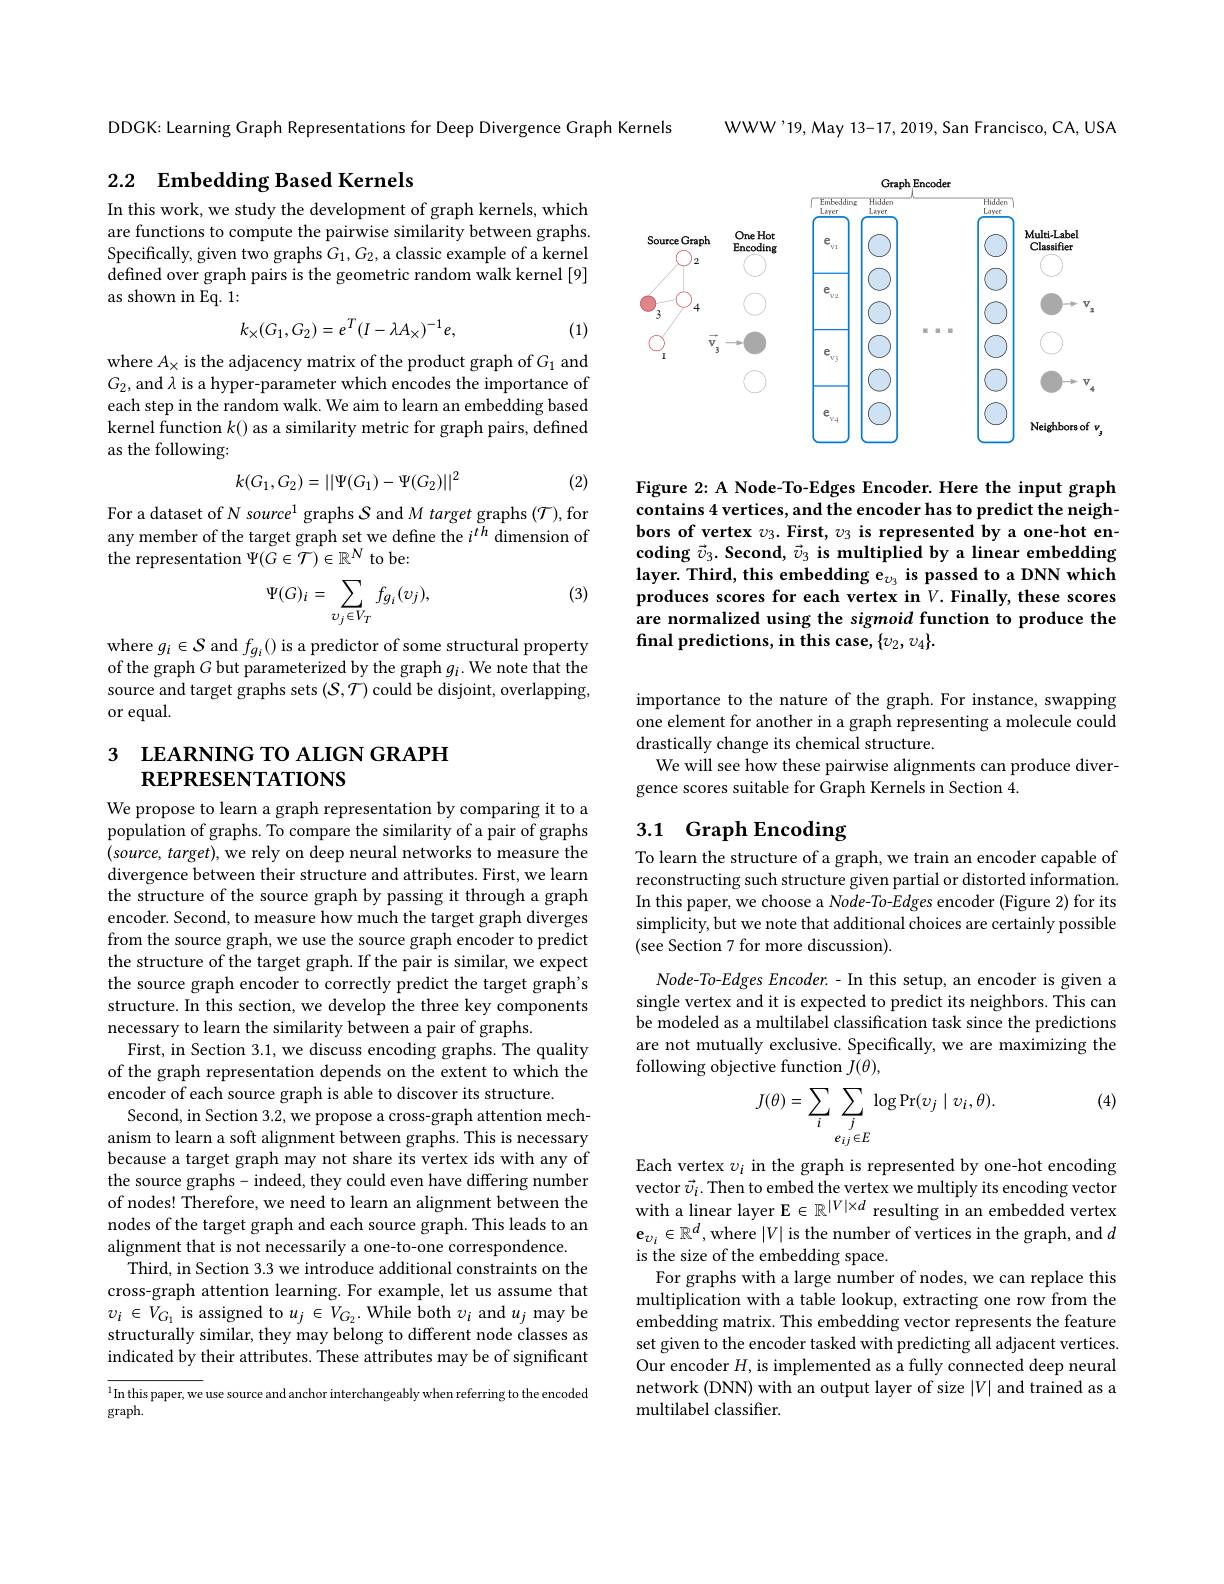
## 2.2 $\textbf{Embedding Based Kernels}$

In this work, we study the development of graph kernels, which are functions to compute the pairwise similarity between graphs. Specifically, given two graphs $G_1,G_2$, a classic example of a kernel defined over graph pairs is the geometric random walk kernel [9] as shown in Eq. 1:
$$k_\times(G_1,G_2)=e^T(I-\lambda A_\times)^{-1}e,$$
(1)

where $A_\times$ is the adjacency matrix of the product graph of $G_1$ and $G_2$, and $\lambda$ is a hyper-parameter which encodes the importance of each step in the random walk. We aim to learn an embedding based kernel function $k$() as a similarity metric for graph pairs, defined as the following:
$$k(G_1,G_2)=||\Psi(G_1)-\Psi(G_2)||^2$$
(2)

For a dataset of N source$^1$ graphs $S$ and M target graphs $(\mathcal{T})$,for any member of the target graph set we define the $i^{th}$ dimension of the representation $\Psi(G\in\mathcal{T})\in\mathbb{R}^N$ to be:

(3)
$$\Psi(G)_i=\sum_{v_j\in V_T}f_{g_i}(v_j),$$
where $g_i\in\mathcal{S}$ and $f_g_i()$ is a predictor of some structural property of the graph $G$ but parameterized by the graph $g_i.$ We note that the source and target graphs sets $(\mathcal{S},\mathcal{T})$ could be disjoint, overlapping, or equal.

# 3 LEARNING TO ALIGN GRAPH REPRESENTATIONS

We propose to learn a graph representation by comparing it to a population of graphs. To compare the similarity of a pair of graphs $(source,target)$, we rely on deep neural networks to measure the divergence between their structure and attributes. First, we learn the structure of the source graph by passing it through a graph encoder. Second, to measure how much the target graph diverges from the source graph, we use the source graph encoder to predict the structure of the target graph. If the pair is similar, we expect the source graph encoder to correctly predict the target graph's structure. In this section, we develop the three key components necessary to learn the similarity between a pair of graphs.
First, in Section 3.1, we discuss encoding graphs. The quality of the graph representation depends on the extent to which the encoder of each source graph is able to discover its structure.
Second, in Section 3.2, we propose a cross-graph attention mechanism to learn a soft alignment between graphs. This is necessary because a target graph may not share its vertex ids with any of the source graphs- indeed, they could even have differing number of nodes! Therefore, we need to learn an alignment between the nodes of the target graph and each source graph. This leads to an alignment that is not necessarily a one-to-one correspondence.
Third, in Section 3.3 we introduce additional constraints on the cross-graph attention learning. For example, let us assume that $v_{i}\in V_{G_{1}}$ is assigned to $u_j\in V_{G_{2}}.$ While both $v_i$ and $u_j$ may be structurally similar, they may belong to different node classes as indicated by their attributes. These attributes may be of significant $^{1}$In this paper, we use source and anchor interchangeably when referring to the encoded

graph.

WWW'19, May 13-17, 2019, San Francisco, CA, USA

DDCK: Learning Graph Representations for Deep Divergence Graph Kernels

<FigureHere>

Figure 2: A Node-To-Edges Encoder. Here the input graph contains 4 vertices, and the encoder has to predict the neighbors of vertex $v_3. \textbf{First, }v_3\textbf{ is represented by a one- hot en- }$ coding $\vec{v} _3. \textbf{Second, }\vec{v} _3\textbf{ is multiplied by a linear embedding}$ layer. Third, this embedding e$v_{v_{3}}$ is passed to a DNN which produces scores for each vertex in V. Finally, these scores are normalized using the sigmoid function to produce the final predictions, in this case, $\{v_2,v_4\}.$

importance to the nature of the graph. For instance, swapping one element for another in a graph representing a molecule could drastically change its chemical structure.
We will see how these pairwise alignments can produce diver-
gence scores suitable for Graph Kernels in Section 4.

## 3.1 Graph Encoding To learn the structure of a graph, we train an encoder capable of

reconstructing such structure given partial or distorted information. In this paper, we choose a Node-To-Edges encoder (Figure 2) for its simplicity, but we note that additional choices are certainly possible (see Section 7 for more discussion).

Node-To-Edges Encoder.- In this setup, an encoder is given a single vertex and it is expected to predict its neighbors. This can be modeled as a multilabel classification task since the predictions are not mutually exclusive. Specifically, we are maximizing the following objective function $J(\theta)$,

(4)
$$J(\theta)=\sum\limits_{i}\sum\limits_{\substack{j\\e_{ij}\in E}}\log\Pr(v_j\mid v_i,\theta).$$
Each vertex $v_i$ in the graph is represented by one-hot encoding vector $\vec{v_{i}} .$ Then to embed the vertex we multiply its encoding vector with a linear layer E $\in \mathbb{R} ^{| V| \times d}$ resulting in an embedded vertex $\mathbf{e}_{v_i}\in\mathbb{R}^d$,where$\left|V\right|$is the number of vertices in the graph, and $d$ is the size of the embedding space.
For graphs with a large number of nodes, we can replace this multiplication with a table lookup, extracting one row from the embedding matrix. This embedding vector represents the feature set given to the encoder tasked with predicting all adjacent vertices. Our encoder $H$, is implemented as a fully connected deep neural network (DNN) with an output layer of size $|V|$ and trained as a multilabel classifier.